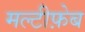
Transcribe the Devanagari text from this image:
मल्टीफ़ेब